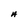
Character: A